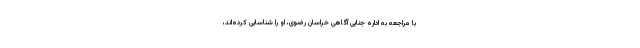
با مراجعه به اداره جنایی آگاهی خراسان رضوی، او را شناسایی کرده‌اند،